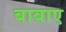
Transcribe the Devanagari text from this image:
बाबाए